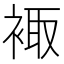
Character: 𧚥